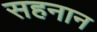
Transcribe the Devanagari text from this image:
सहनान